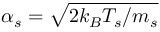
\alpha _ { s } = \sqrt { 2 k _ { B } T _ { s } / m _ { s } }